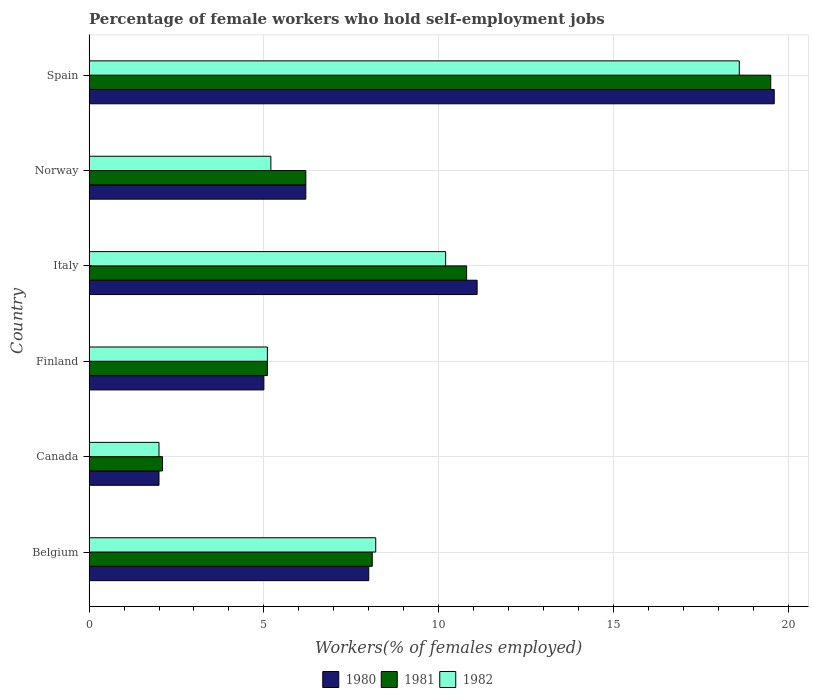
| Country | 1980 | 1981 | 1982 |
 | --- | --- | --- | --- |
 | Belgium | 8 | 8.1 | 8.2 |
 | Canada | 2 | 2.1 | 2 |
 | Finland | 5 | 5.1 | 5.1 |
 | Italy | 11.1 | 10.8 | 10.2 |
 | Norway | 6.2 | 6.2 | 5.2 |
 | Spain | 19.6 | 19.5 | 18.6 |